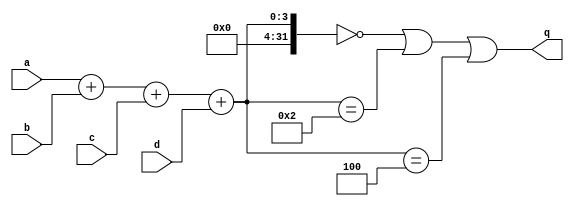
module top_module (
    input a,
    input b,
    input c,
    input d,
    output q );//

    assign q = (a+b+c+d==0)|(a+b+c+d==2)|(a+b+c+d==4); // Fix me

endmodule